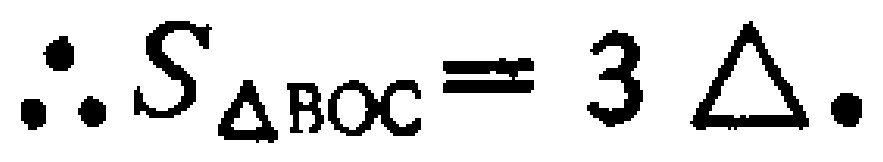
\(\therefore S_{\triangle BOC}=3\triangle.\)